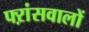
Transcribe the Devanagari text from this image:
फ्ऱांसवालों